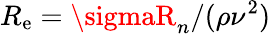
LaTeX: R_{\mathrm{e}}=\sigmaR_{n}/(\rho\nu^{2})